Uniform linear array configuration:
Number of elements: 32
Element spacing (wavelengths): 0.75
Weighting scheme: hann
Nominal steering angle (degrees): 30
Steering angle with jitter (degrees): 31.904
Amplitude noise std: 0.05
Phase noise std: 0.05

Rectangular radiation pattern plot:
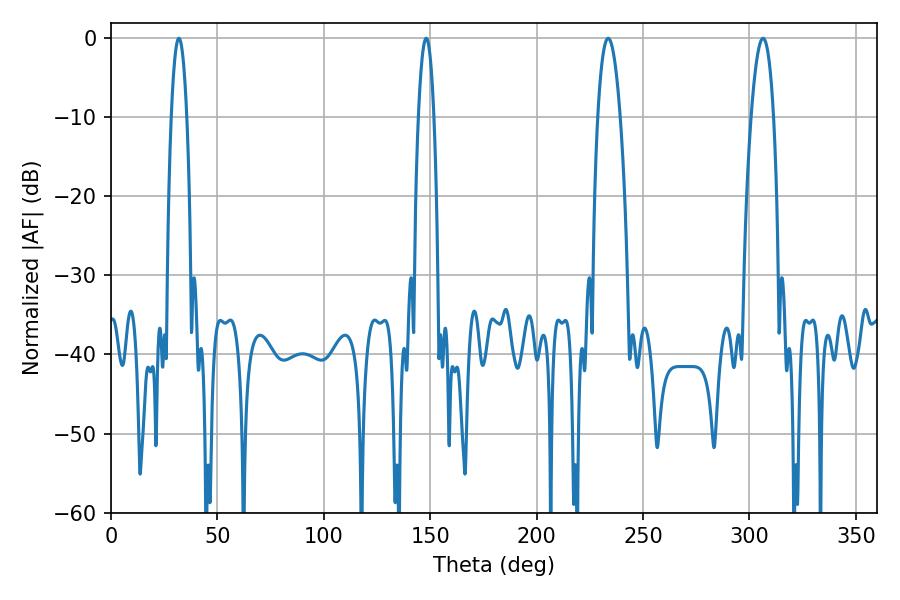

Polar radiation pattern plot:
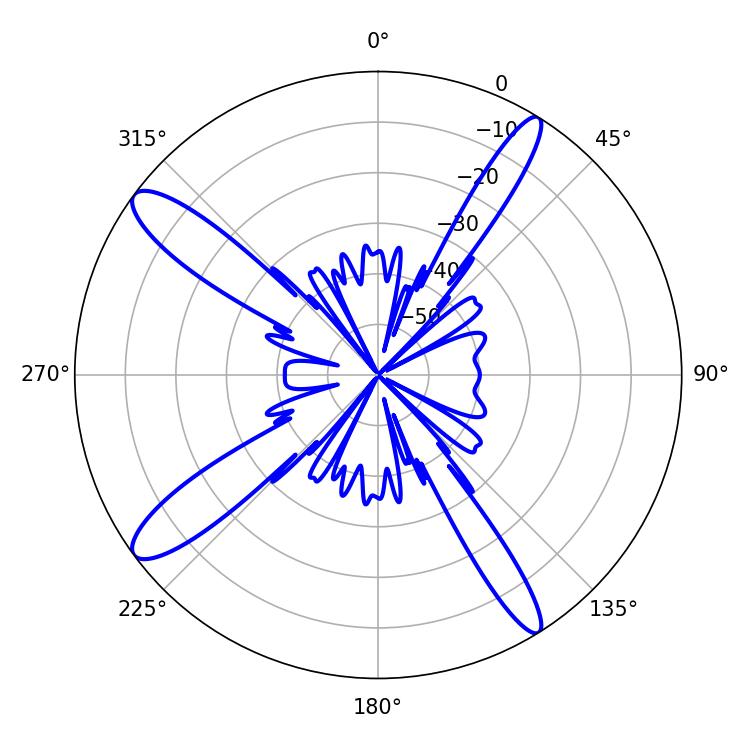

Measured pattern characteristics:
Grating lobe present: TRUE
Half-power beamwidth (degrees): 5.94
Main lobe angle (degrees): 233.64